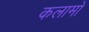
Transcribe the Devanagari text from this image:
कलामों